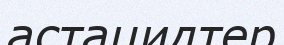
астацидтер